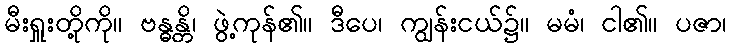
မီးရှူးတို့ကို။ ဗန္ဓန္တိ၊ ဖွဲ့ကုန်၏။ ဒီပေ၊ ကျွန်းငယ်၌။ မမံ၊ ငါ၏။ ပဇာ၊